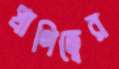
প্রাণিত্বের